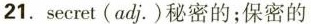
21.secret(adj.)秘密的；保密的